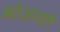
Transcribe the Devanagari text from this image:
भोजनही